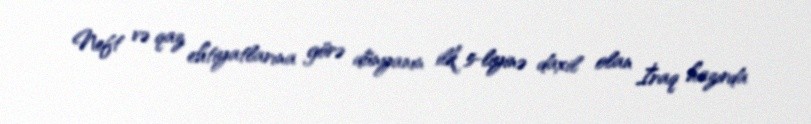
Neft və qaz ehtiyatlarına görə dünyanın ilk 5-liyinə daxil olan İraq hazırda